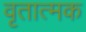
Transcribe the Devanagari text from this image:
वृतात्मक